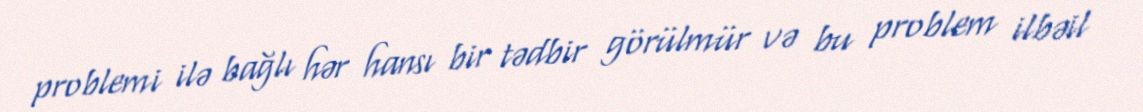
problemi ilə bağlı hər hansı bir tədbir görülmür və bu problem ilbəil